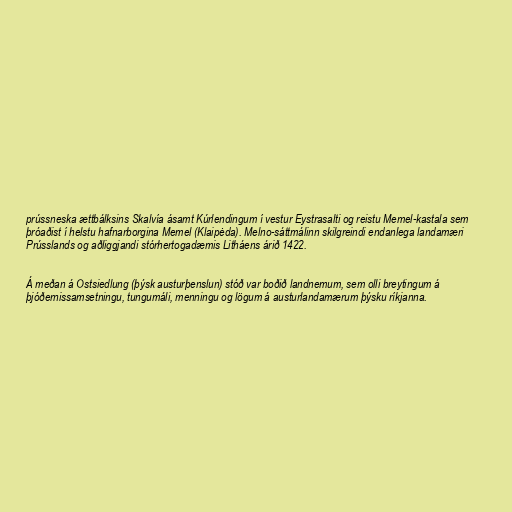
prússneska ættbálksins Skalvía ásamt Kúrlendingum í vestur Eystrasalti og reistu Memel-kastala sem
þróaðist í helstu hafnarborgina Memel (Klaipėda). Melno-sáttmálinn skilgreindi endanlega landamæri
Prússlands og aðliggjandi stórhertogadæmis Litháens árið 1422.

Á meðan á Ostsiedlung (þýsk austurþenslun) stóð var boðið landnemum, sem olli breytingum á
þjóðernissamsetningu, tungumáli, menningu og lögum á austurlandamærum þýsku ríkjanna.